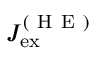
J _ { \mathrm { e x } } ^ { ( \mathrm { ~ H ~ E ~ } ) }